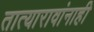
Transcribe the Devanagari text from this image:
तात्यारावांनाही